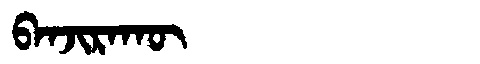
Manchu: ᠪᠠᠨᠵᡳᡵᠠᡴᡡ
Romanization: BANJIRAKŪ